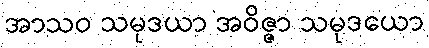
အာသဝ သမုဒယာ အဝိဇ္ဇာ သမုဒယော